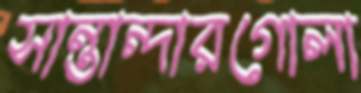
সান্তান্দারগোলা